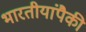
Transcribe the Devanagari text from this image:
भारतीयांपैकी